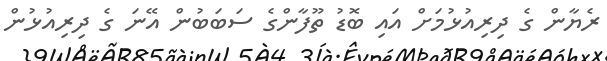
ރެޔާން ގެ ދިރިއުޅުމަށް އައި ބޮޑު ތޫފާންގެ ސަބަބުން އޭނަ ގެ ދިރިއުޅުން